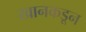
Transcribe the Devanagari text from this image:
खानकडून